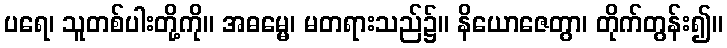
ပရေ၊ သူတစ်ပါးတို့ကို။ အဓမ္မေ၊ မတရားသည်၌။ နိယောဇေတွာ၊ တိုက်တွန်း၍။